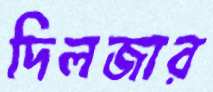
দিলজার